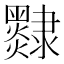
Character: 𨾄